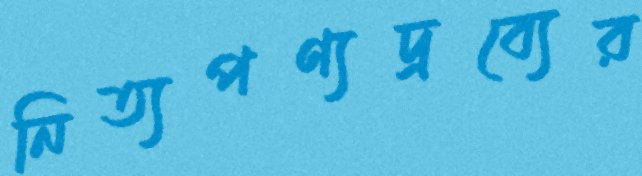
নিত্যপণ্যদ্রব্যের